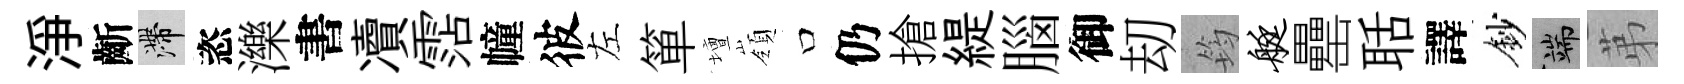
淨齗滯恣濼書凟霑幢彼左箪壇嶺口仍搶緹腦御刧筠艇罍聒譯鈔端苐